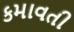
કમાવતી